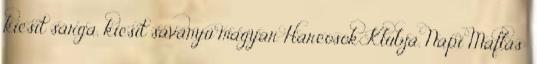
kicsit sárga, kicsit savanyú magyar Harcosok Klubja. Napi Maflás: